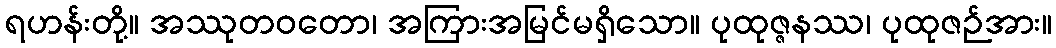
ရဟန်းတို့။ အဿုတဝတော၊ အကြားအမြင်မရှိသော။ ပုထုဇ္ဇနဿ၊ ပုထုဇဉ်အား။